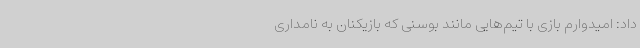
داد: امیدوارم بازی با تیم‌هایی مانند بوسنی که بازیکنان به نامداری